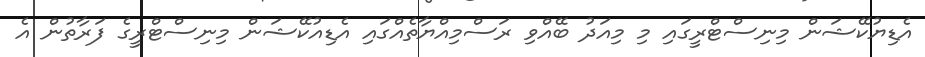
އެޑިޔުކޭޝަން މިނިސްޓްރީގައި މި މިއަދު ބޭއްވި ރަސްމިއްޔާތެއްގައި އެޑިއުކޭޝަން މިނިސްޓްރީގެ ފަރާތުން އެ